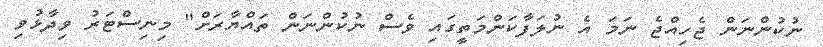
ނުކުންނަން ޖެހިއްޖެ ނަމަ އެ ނުލަފާކަންމަތީގައި ވެސް ނުކުންނަން ތައްޔާރަށް" މިނިސްޓަރު ވިދާޅުވި